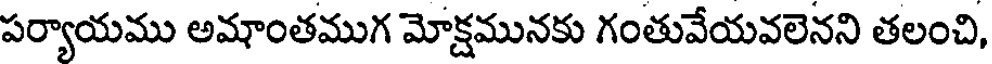
పర్యాయము అమాంతముగ మోక్షమునకు గంతువేయవలెనని తలంచి,